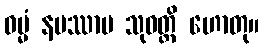
ဓမ္မံ နမဿာမ သုဝတ္ထိ ဟောတု။